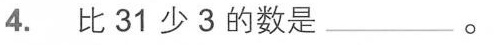
4. 比31少3的数是___。